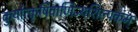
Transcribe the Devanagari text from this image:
कुर्यात्कृषिवाणिज्यशिल्पकम्